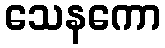
သေနကော